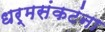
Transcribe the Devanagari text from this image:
धर्मसंकटंना